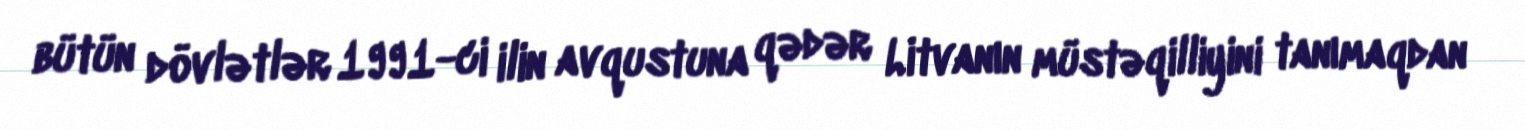
bütün dövlətlər 1991-ci ilin avqustuna qədər Litvanın müstəqilliyini tanımaqdan